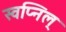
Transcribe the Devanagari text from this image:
स्वप्निल्